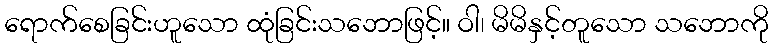
ရောက်စေခြင်းဟူသော ထုံခြင်းသဘောဖြင့်။ ဝါ၊ မိမိနှင့်တူသော သဘောကို